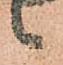
候